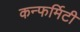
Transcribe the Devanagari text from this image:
कन्फर्मिटी